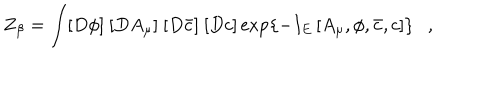
Z _ { \beta } = \int [ D \phi ] ~ [ D A _ { \mu } ] ~ [ D \bar { c } ] ~ [ D c ] \exp \left\{ - I _ { E } \left[ A _ { \mu } , \phi , \bar { c } , c \right] \right\} ,